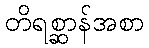
တိရစ္ဆာန်အစာ